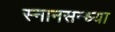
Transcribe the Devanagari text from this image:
स्नानसन्ध्या